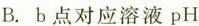
B.b点对应溶液$$p H